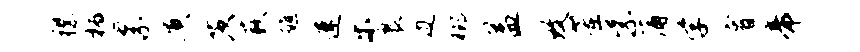
襟柄累质茨蔌醮速乐裹边榔益致董紫蒲学睿帝